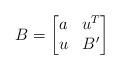
LaTeX: \begin{align*}B=\begin{bmatrix}a & u^T\\u & B'\end{bmatrix} \end{align*}